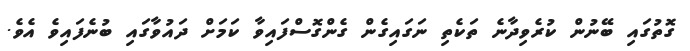
ގޮތުގައި ބޭނުން ކުރެވިދާނެ ތަކެތި ނަގައިގެން ގެންގޮސްފައިވާ ކަމަށް ދައުވާގައި ބުނެފައިވެ އެވެ.